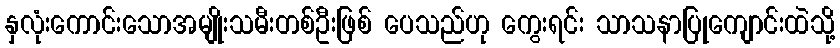
နှလုံးကောင်းသောအမျိုးသမီးတစ်ဦးဖြစ် ပေသည်ဟု ကွေးရင်း သာသနာပြုကျောင်းထဲသို့